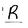
Character: R